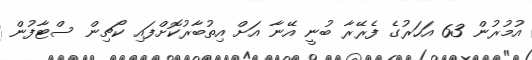
އުމުރުން 63 އަހަރުގެ ފެރޭރާ ބުނީ އޭނާ އަށް އިތުބާރުކޮށްފައި ކޯޗިން ސްޓާފުން